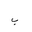
Letter: _ba